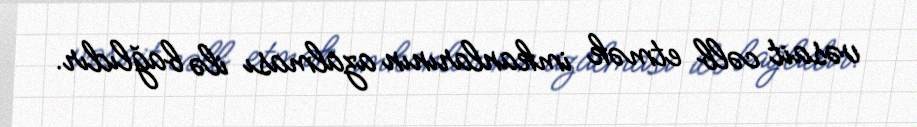
vəsait cəlb etmək imkanlarının azalması ilə bağlıdır.